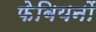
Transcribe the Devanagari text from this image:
फेबियनों